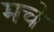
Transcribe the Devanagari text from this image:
मचे